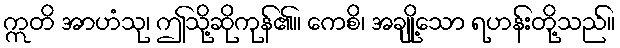
ဣတိ အာဟံသု၊ ဤသို့ဆိုကုန်၏။ ကေစိ၊ အချို့သော ရဟန်းတို့သည်။